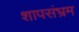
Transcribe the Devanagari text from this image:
शापसंभ्रम